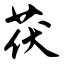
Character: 茯